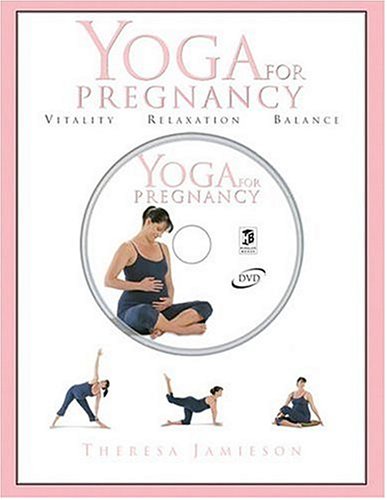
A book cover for Yoga For Pregnancy; Theresa Jamieson; Health, Fitness & Dieting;